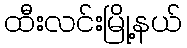
ထီးလင်းမြို့နယ်